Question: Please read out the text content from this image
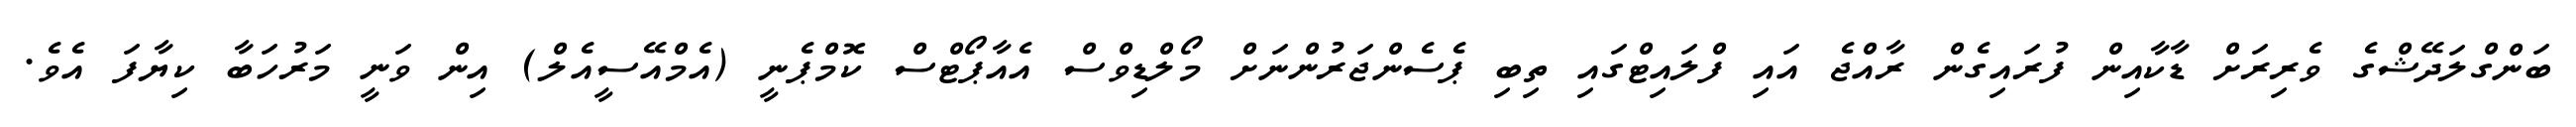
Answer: ބަންގްލަދޭޝްގެ ވެރިރަށް ޑާކާއިން ފުރައިގެން ރާއްޖެ އައި ފްލައިޓްގައި ތިބި ޕެސެންޖަރުންނަށް މޯލްޑިވްސް އެއާޕޯޓްސް ކޮމްޕެނީ (އެމްއޭސީއެލް) އިން ވަނީ މަރުހަބާ ކިޔާފަ އެވެ.